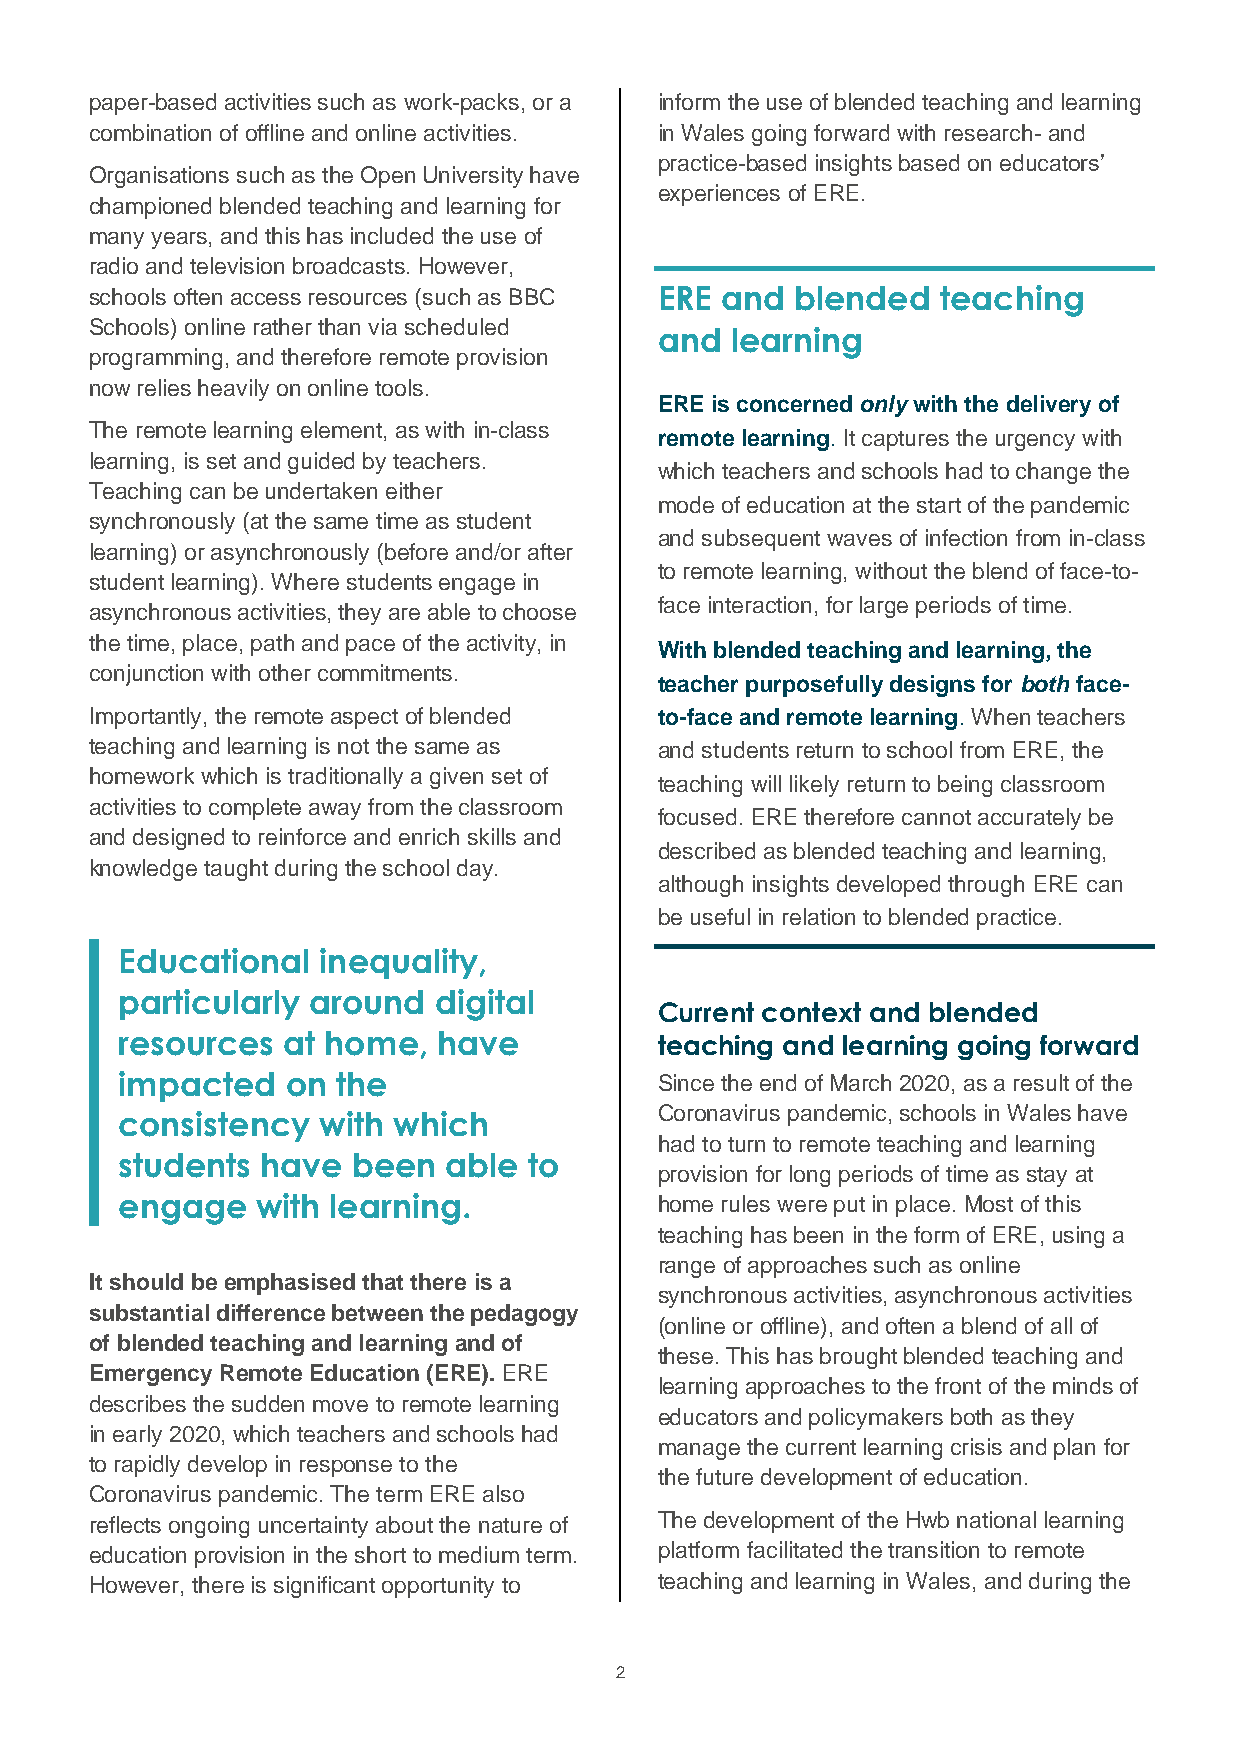
paper-based activities such as work-packs, or a inform the use of blended teaching and learning
 combination of offline and online activities. in Wales going forward with research- and
 practice-based insights based on educators’
 Organisations such as the Open University have
 experiences of ERE.
 championed blended teaching and learning for
 many years, and this has included the use of
 radio and television broadcasts. However,
 schools often access resources (such as BBC ERE and blended teaching
 Schools) online rather than via scheduled
 and learning
 programming, and therefore remote provision
 now relies heavily on online tools.
 ERE is concerned only with the delivery of
 The remote learning element, as with in-class
 remote learning. It captures the urgency with
 learning, is set and guided by teachers.
 which teachers and schools had to change the
 Teaching can be undertaken either
 mode of education at the start of the pandemic
 synchronously (at the same time as student
 and subsequent waves of infection from in-class
 learning) or asynchronously (before and/or after
 to remote learning, without the blend of face-to-
 student learning). Where students engage in
 face interaction, for large periods of time.
 asynchronous activities, they are able to choose
 the time, place, path and pace of the activity, in
 With blended teaching and learning, the
 conjunction with other commitments.
 teacher purposefully designs for both face-
 Importantly, the remote aspect of blended to-face and remote learning. When teachers
 teaching and learning is not the same as and students return to school from ERE, the
 homework which is traditionally a given set of
 teaching will likely return to being classroom
 activities to complete away from the classroom
 focused. ERE therefore cannot accurately be
 and designed to reinforce and enrich skills and
 described as blended teaching and learning,
 knowledge taught during the school day.
 although insights developed through ERE can
 be useful in relation to blended practice.
 Educational  inequality,
 particularly around  digital
 Current context and blended
 resources  at home,  have           teaching and learning going forward
 impacted   on the                   Since the end of March 2020, as a result of the
 Coronavirus pandemic, schools in Wales have
 consistency  with which
 had to turn to remote teaching and learning
 students have  been  able  to
 provision for long periods of time as stay at
 engage   with learning.             home rules were put in place. Most of this
 teaching has been in the form of ERE, using a
 range of approaches such as online
 It should be emphasised that there is a
 synchronous activities, asynchronous activities
 substantial difference between the pedagogy
 (online or offline), and often a blend of all of
 of blended teaching and learning and of
 these. This has brought blended teaching and
 Emergency Remote Education (ERE). ERE
 learning approaches to the front of the minds of
 describes the sudden move to remote learning
 educators and policymakers both as they
 in early 2020, which teachers and schools had
 manage the current learning crisis and plan for
 to rapidly develop in response to the
 the future development of education.
 Coronavirus pandemic. The term ERE also
 reflects ongoing uncertainty about the nature of The development of the Hwb national learning
 education provision in the short to medium term. platform facilitated the transition to remote
 However, there is significant opportunity to teaching and learning in Wales, and during the
 2